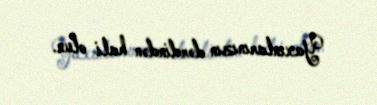
Yaxınlarınızın dərdindən hali olun.